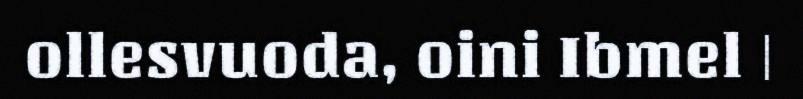
ollesvuoda, oini Ibmel |